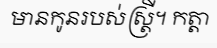
មានកូនរបស់ស្ត្រី។ កត្តា